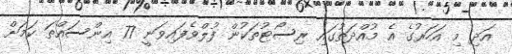
އަދި މި އަހަރުގެ އެ މުއްދަތުގައި ރިސޯޓުތަކުން ފުލްވެފައިވަނީ 77 އިންސައްތަ ކަމަށް